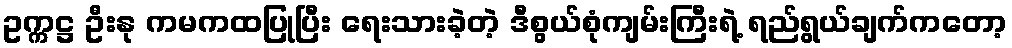
ဥက္ကဋ္ဌ ဦးနု ကမကထပြုပြီး ရေးသားခဲ့တဲ့ ဒီစွယ်စုံကျမ်းကြီးရဲ့ ရည်ရွယ်ချက်ကတော့